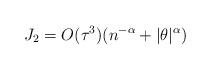
LaTeX: \begin{align*}J_2= O(\tau^3)(n^{-\alpha}+|\theta|^\alpha)\end{align*}